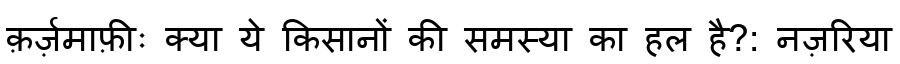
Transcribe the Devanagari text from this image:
क़र्ज़माफ़ीः क्या ये किसानों की समस्या का हल है?: नज़रिया